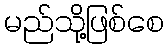
မည်သို့ဖြစ်စေ